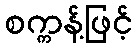
စက္ကန့်ဖြင့်